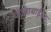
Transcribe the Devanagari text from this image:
कात्राबाईचा